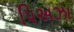
પિઅઝા